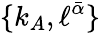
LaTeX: \{ k_{A},\ell^{\bar{\alpha}}\}